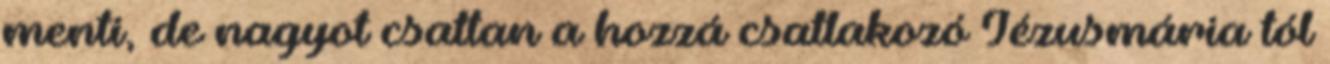
menti, de nagyot csattan a hozzá csatlakozó Jézusmária tól